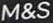
M&S